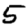
Digit: 5